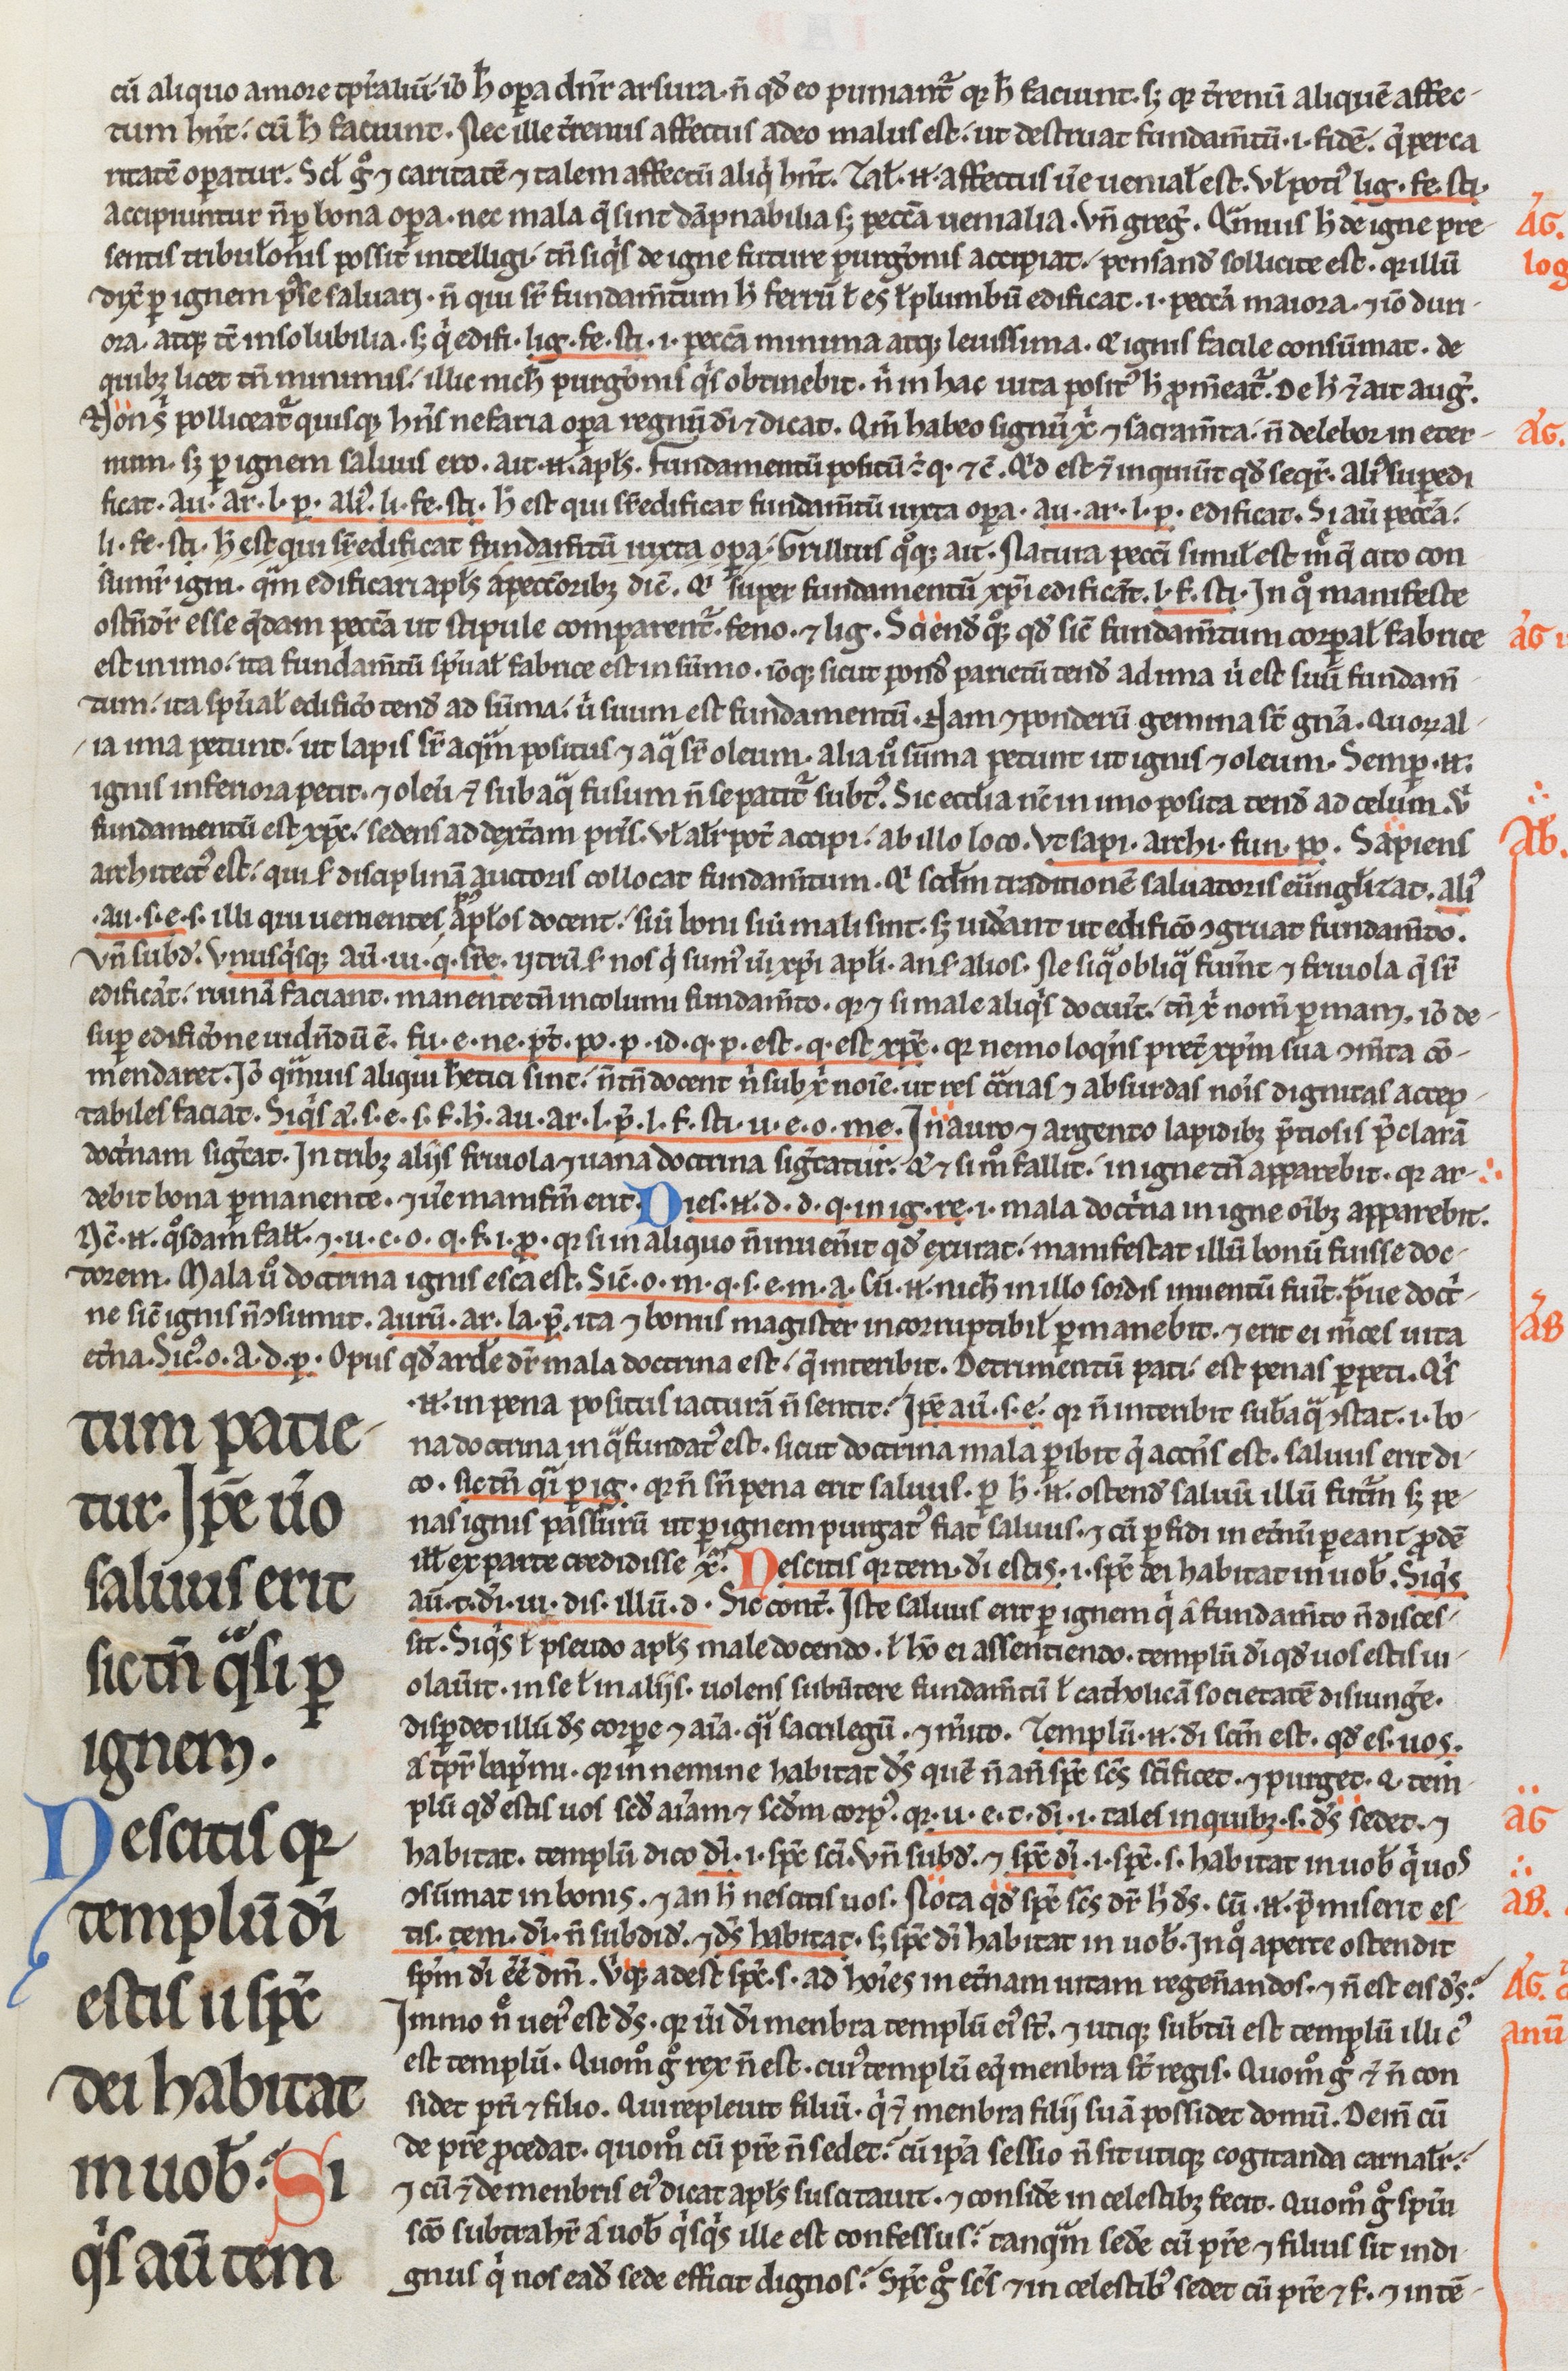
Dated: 1200–1299